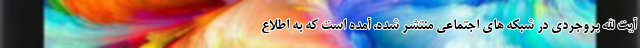
آیت الله بروجردی در شبکه های اجتماعی منتشر شده، آمده است که به اطلاع